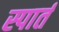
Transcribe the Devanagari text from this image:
स्पार्त